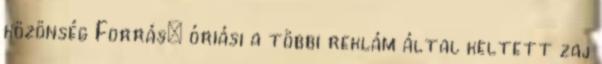
közönség Forrás: óriási a többi reklám által keltett zaj